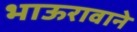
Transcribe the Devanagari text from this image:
भाऊरावाने